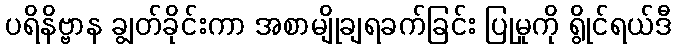
ပရိနိဗ္ဗာန ချွတ်ခိုင်းကာ အစာမျိုချရခက်ခြင်း ပြုမှုကို ရွိုင်ရယ်ဒီ